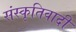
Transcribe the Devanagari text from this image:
संस्कृतिवादी